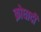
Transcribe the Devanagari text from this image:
क्रोधादी